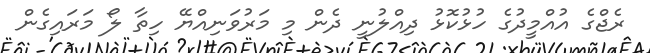
ރެޖްގެ އުއްމީދުގެ ހުޅުކޮޅު ދިއްލުނީ ދެން މި މަރުވަނިއްޔޭ ހިތާ ލޯ މަރައިގެން